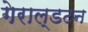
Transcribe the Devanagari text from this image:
गेराल्डटन